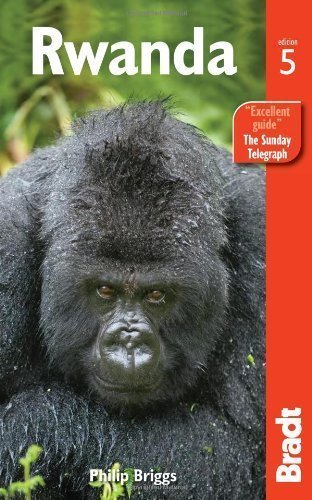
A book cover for Rwanda, 5th (Bradt Travel Guide) 5th (fifth) Edition by Briggs, Philip (2013); Travel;